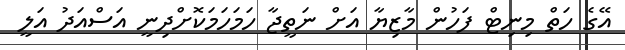
އޭގެ ހަތް މިނިޓް ފަހުން މާޒިޔާ އަށް ނަތީޖާ ހަމަހަމަކޮށްދިނީ އަސްއަދު އަލީ